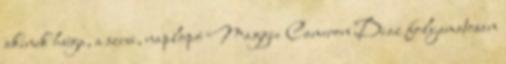
akinek húga, a szexi, naplopó Maggie Cameron Diaz folyamatosan